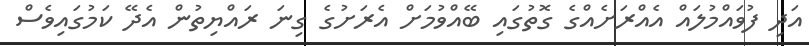
އަދި ފުވައްމުލައް އެއްރަށެއްގެ ގޮތުގައި ބޭއްވުމަށް އެރަށުގެ ގިނަ ރައްޔިތުން އެދޭ ކަމުގައިވެސް